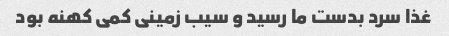
غذا سرد بدست ما رسید و سیب زمینی کمی کهنه بود